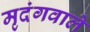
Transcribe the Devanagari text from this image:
मृदंगवाले